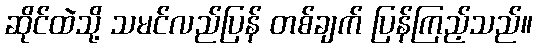
ဆိုင်ထဲသို့ သမင်လည်ပြန် တစ်ချက် ပြန်ကြည့်သည်။